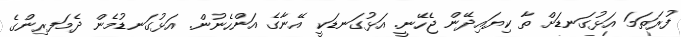
ފުރަތަމަ އަޅުގަނޑަށް ތާ ކިޔައިދޭން ޖެހޭނީ. އަޅުގަނޑަކީ އޭނާގެ އަންހެނުން. އަޅުގަނޑުމެން ދެމަފރިިންގެ